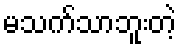
မသက်သာဘူးတဲ့